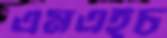
এমএইচ